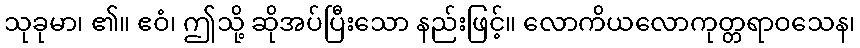
သုခုမာ၊ ၏။ ဧဝံ၊ ဤသို့ ဆိုအပ်ပြီးသော နည်းဖြင့်။ လောကိယလောကုတ္တရာဝသေန၊